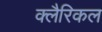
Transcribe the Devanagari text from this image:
क्लैरिकल